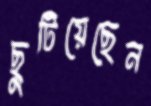
ছুটিয়েছেন